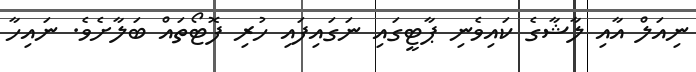
ނިއަލް އާއި ލާޝާގެ ކައިވެނި ޕާޓީގައި ނަގައިފައި ހުރި ފޮޓޯތައް ބަލާށެވެ. ނައިހާ